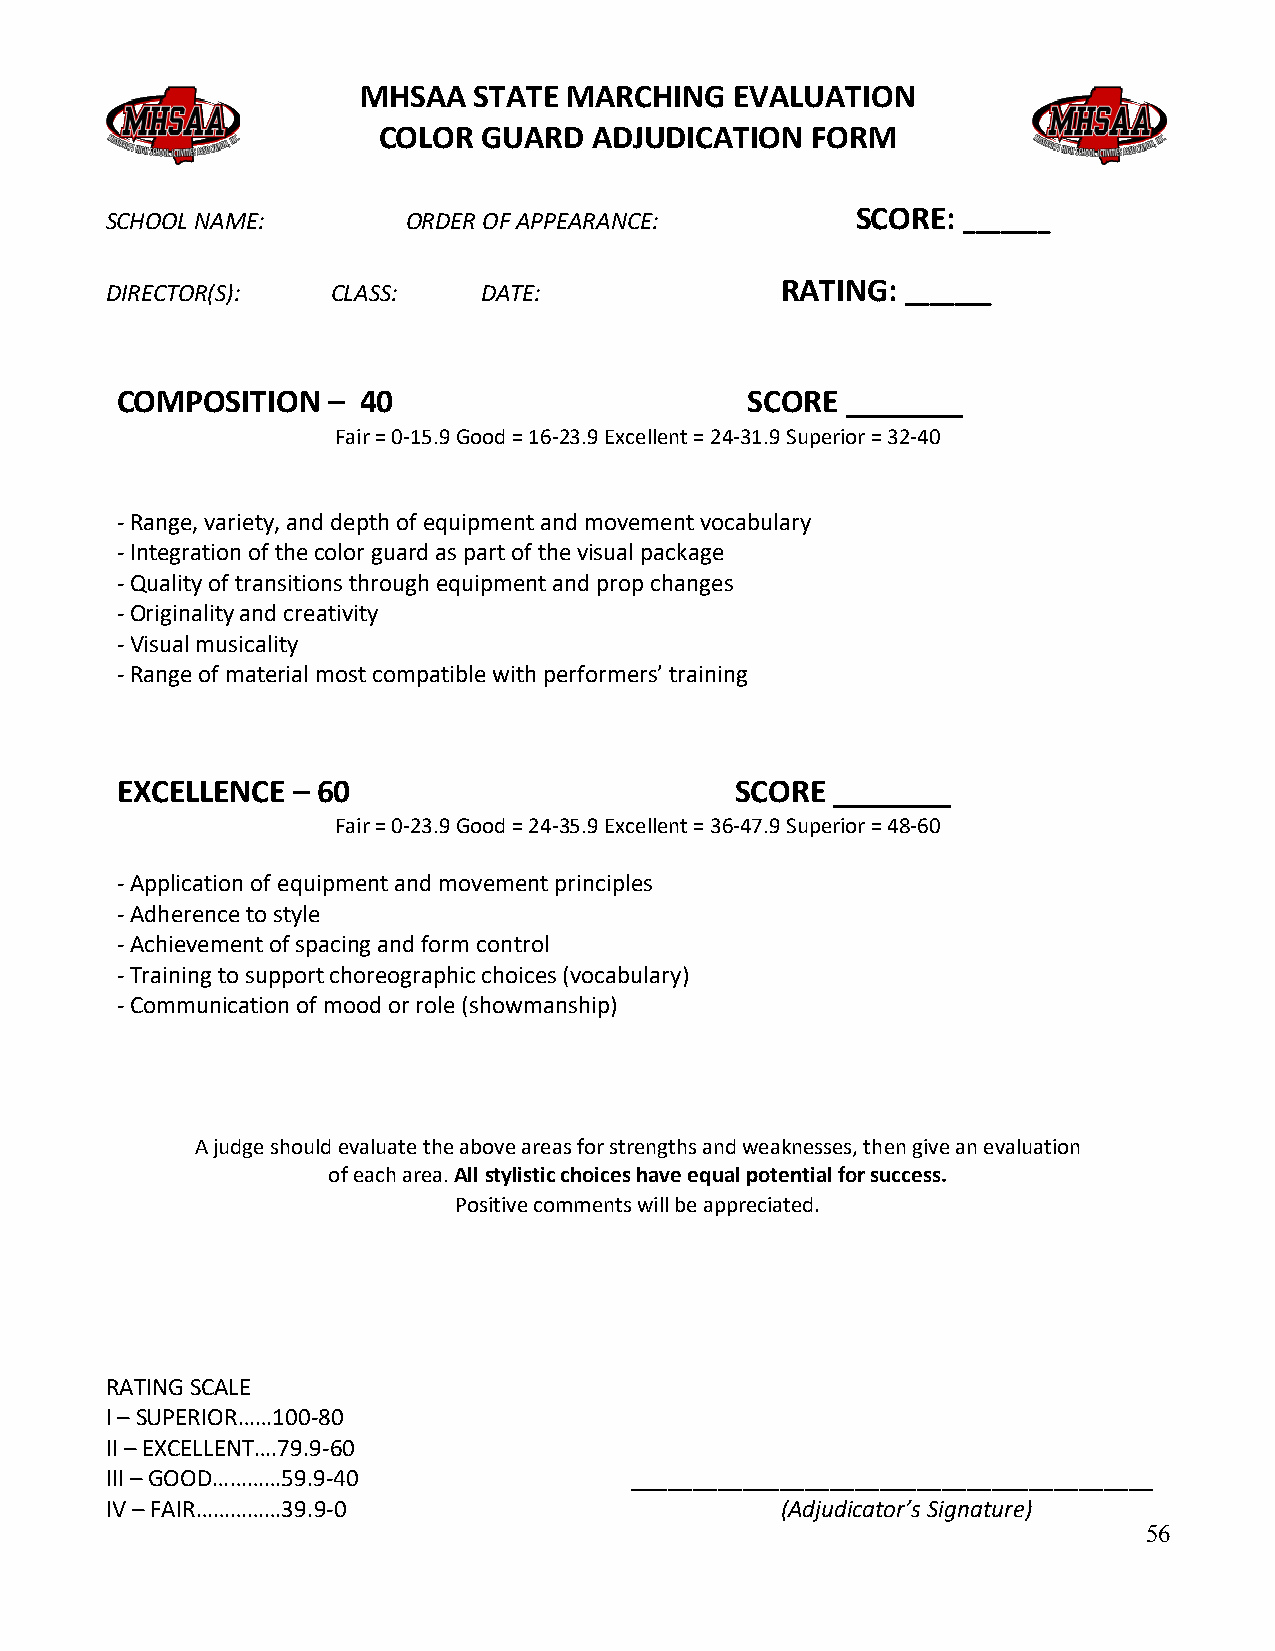
MHSAA  STATE  MARCHING   EVALUATION
 COLOR  GUARD  ADJUDICATION   FORM
 SCHOOL NAME:        ORDER OF APPEARANCE:          SCORE: _______
 DIRECTOR(S):   CLASS:    DATE:               RATING: _______
 COMPOSITION   – 40                        SCORE _______
 Fair = 0-15.9 Good = 16-23.9 Excellent = 24-31.9 Superior = 32-40
 - Range, variety, and depth of equipment and movement vocabulary
 - Integration of the color guard as part of the visual package
 - Quality of transitions through equipment and prop changes
 - Originality and creativity
 - Visual musicality
 - Range of material most compatible with performers’ training
 EXCELLENCE – 60                          SCORE _______
 Fair = 0-23.9 Good = 24-35.9 Excellent = 36-47.9 Superior = 48-60
 - Application of equipment and movement principles
 - Adherence to style
 - Achievement of spacing and form control
 - Training to support choreographic choices (vocabulary)
 - Communication of mood or role (showmanship)
 A judge should evaluate the above areas for strengths and weaknesses, then give an evaluation
 of each area. All stylistic choices have equal potential for success.
 Positive comments will be appreciated.
 RATING SCALE
 I – SUPERIOR……100-80
 II – EXCELLENT….79.9-60
 III – GOOD…………59.9-40              __________________________________________
 IV – FAIR……………39.9-0                         (Adjudicator’s Signature)
 56